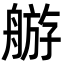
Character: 䑻